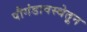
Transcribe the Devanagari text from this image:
पौगंडावस्थेतून